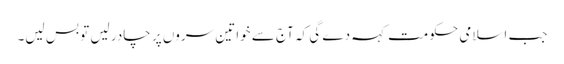
جب اسلامی حکومت کہہ دے گی کہ آج سے خواتین سروں پر چادر لیں تو بس لیں۔